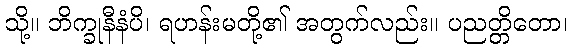
သို့။ ဘိက္ခုနီနံပိ၊ ရဟန်းမတို့၏ အတွက်လည်း။ ပညတ္တိတော၊